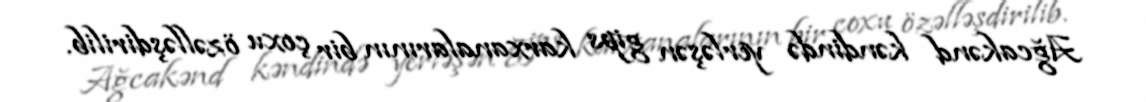
Ağcakənd kəndində yerləşən gips karxanalarının bir çoxu özəlləşdirilib.